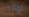
لوالده